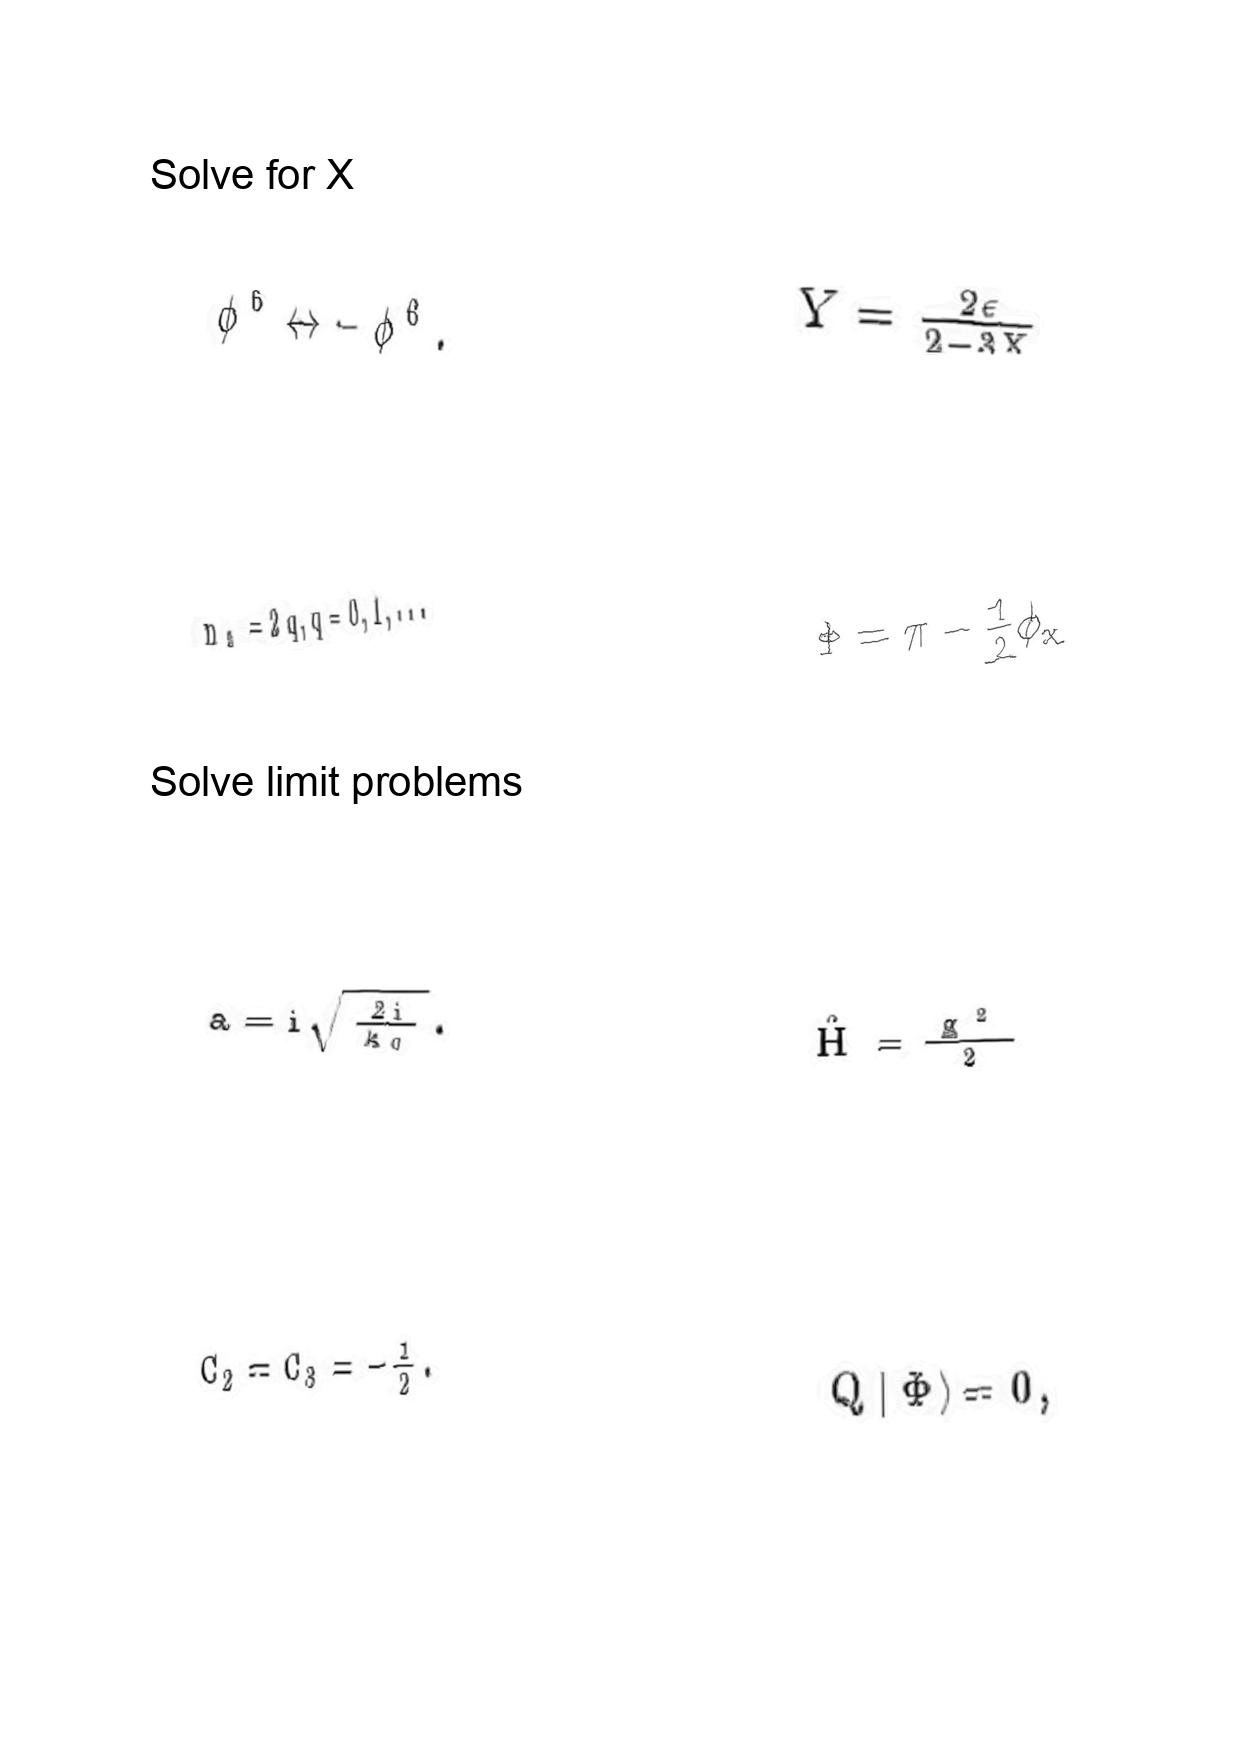
LaTeX transcription:
\phi ^ { 6 } \leftrightarrow - \phi ^ { 6 } .
n _ { 2 } = 2 q , q = 0 , 1 , . . .
a = i \sqrt { \frac { 2 i } { \kappa _ { 0 } } } .
C _ { 2 } = C _ { 3 } = - \frac { 1 } { 2 } .
Y = \frac { 2 \epsilon } { 2 - 3 X }
\Phi = \pi - \frac { 1 } { 2 } \phi _ { x }
\hat { H } = \frac { g ^ { 2 } } { 2 }
Q \vert \Phi \rangle = 0 ,